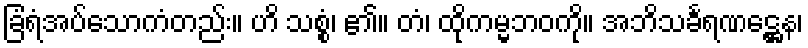
ခြံရံအပ်သောကံတည်း။ ဟိ သစ္စွံ၊ ၏။ တံ၊ ထိုကမ္မဘဝကို။ အဘိသင်္ခရဏဋ္ဌေန၊